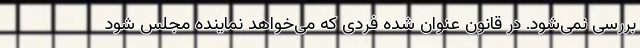
بررسی نمی‌شود. در قانون عنوان شده فردی که می‌خواهد نماینده مجلس شود